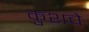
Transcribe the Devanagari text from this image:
कुशचे